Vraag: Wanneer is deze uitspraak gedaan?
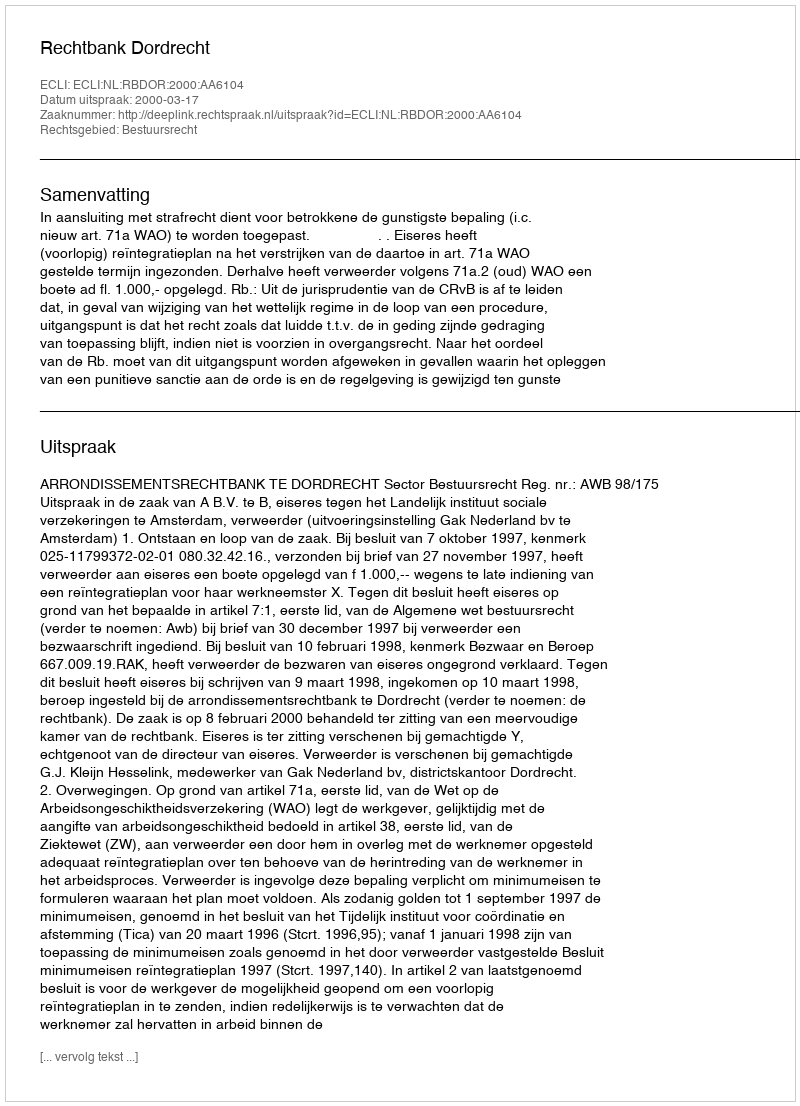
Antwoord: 2000-03-17